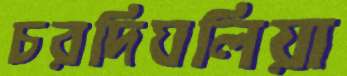
চরদিঘলিয়া